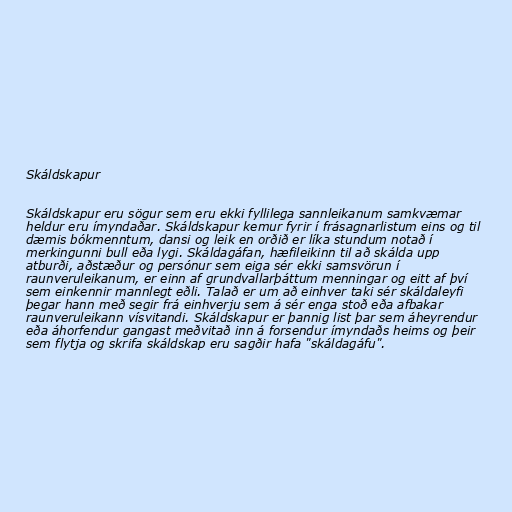
Skáldskapur

Skáldskapur eru sögur sem eru ekki fyllilega sannleikanum samkvæmar
heldur eru ímyndaðar. Skáldskapur kemur fyrir í frásagnarlistum eins og til
dæmis bókmenntum, dansi og leik en orðið er líka stundum notað í
merkingunni bull eða lygi. Skáldagáfan, hæfileikinn til að skálda upp
atburði, aðstæður og persónur sem eiga sér ekki samsvörun í
raunveruleikanum, er einn af grundvallarþáttum menningar og eitt af því
sem einkennir mannlegt eðli. Talað er um að einhver taki sér skáldaleyfi
þegar hann með segir frá einhverju sem á sér enga stoð eða afbakar
raunveruleikann vísvitandi. Skáldskapur er þannig list þar sem áheyrendur
eða áhorfendur gangast meðvitað inn á forsendur ímyndaðs heims og þeir
sem flytja og skrifa skáldskap eru sagðir hafa "skáldagáfu".